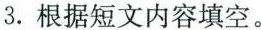
3.根据短文内容填空。